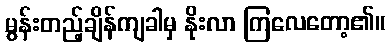
မွန်းတည့်ချိန်ကျခါမှ နိုးလာ ကြလေတော့၏။